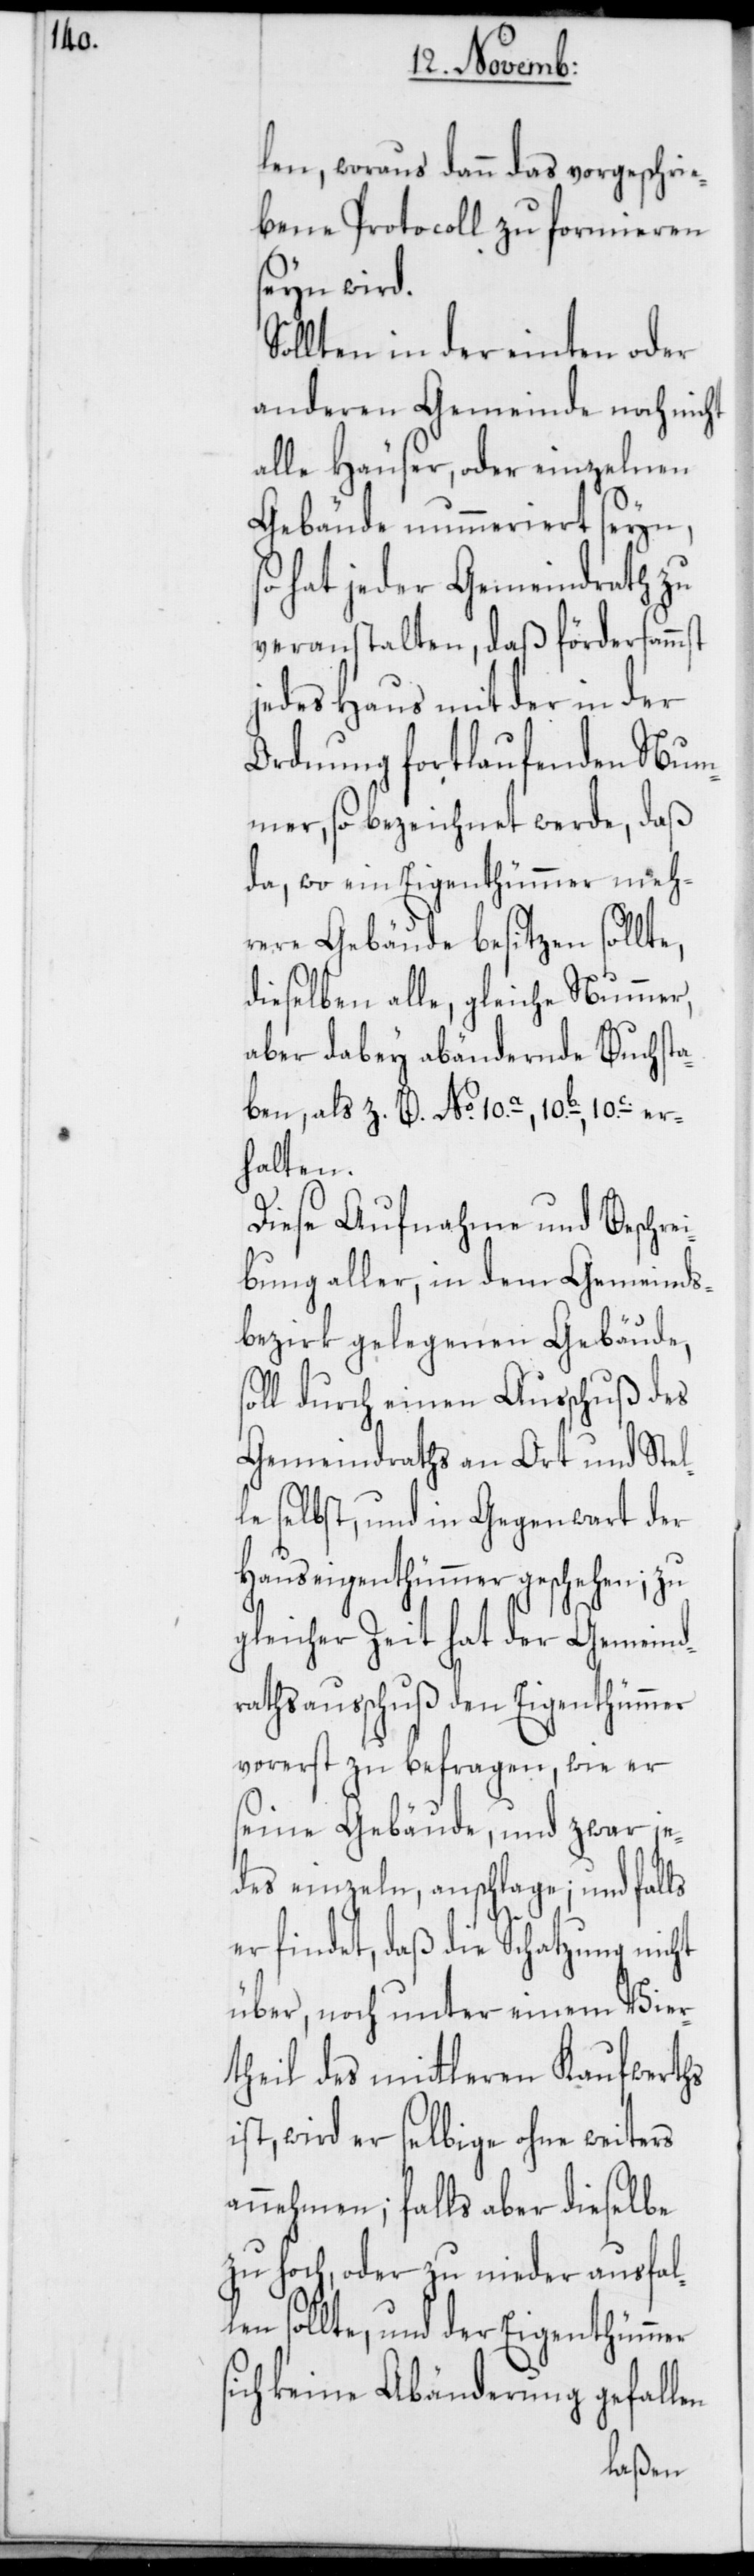
len, woraus dann das vorgeschrie¬
bene Protocoll zu formieren
seyn wird.
Sollten in der einten oder
anderen Gemeinde noch nicht
alle Häuser, oder einzelnen
Gebäude nummeriert seyn,
so hat jeder Gemeindrath zu
veranstalten, daß fördersammst
jedes Haus mit der in der
Ordnung fortlaufenden Num¬
mer, so bezeichnet werde, daß
da, wo ein Eigenthümmer meh¬
rere Gebäude besitzen sollte,
dieselben alle, gleiche Nummer,
aber dabey abändernde Buchsta¬
ben, als z. B. No 10a., 10b., 10c.. er¬
halten.
Diese Aufnahme und Beschre¬
ibung aller, in dem Gemeinds¬
bezirk gelegenen Gebäude,
soll durch einen Ausschuß des
Gemeindraths an Ort und Stel¬
le selbst, und in Gegenwart der
Hauseigenthümmer geschehen; zu
gleicher Zeit hat der Gemeind¬
rathsausschuß den Eigenthümmer
vorerst zu befragen, wie er
seine Gebäude, und zwar je¬
des einzeln, anschlage; und falls
er findet, daß die Schatzung nicht
über, noch unter einem Vier¬
theil des mittleren Kaufwerths
ist, wird er selbige ohne weiters
annehmen; falls aber dieselbe
zu hoch, oder zu nieder ausfall¬
en sollte, und der Eigenthümmer
keine Abänderung gefallen